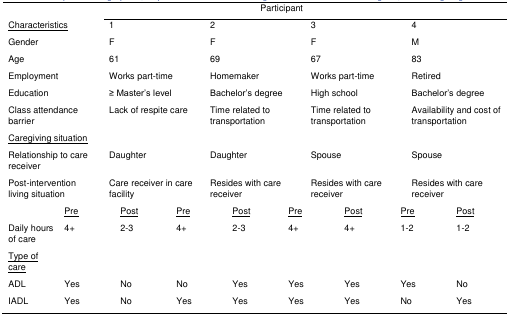
<table><thead><tr><td colspan="2"></td><td colspan="7"><b>Participant</b></td></tr></thead><tbody><tr><td colspan="2"><underline>Characteristics</underline></td><td colspan="2">1</td><td colspan="2">2</td><td>3</td><td colspan="2">4</td></tr><tr><td colspan="2">Gender</td><td colspan="2">F</td><td colspan="2">F</td><td>F</td><td colspan="2">M</td></tr><tr><td colspan="2">Age</td><td colspan="2">61</td><td colspan="2">69</td><td>67</td><td colspan="2">83</td></tr><tr><td colspan="2">Employment</td><td colspan="2">Works part-time</td><td colspan="2">Homemaker</td><td>Works part-time</td><td colspan="2">Retired</td></tr><tr><td colspan="2">Education</td><td colspan="2">≥Master’s level</td><td colspan="2">Bachelor’s degree</td><td>High school</td><td colspan="2">Bachelor’s degree</td></tr><tr><td colspan="2">Class attendance barrier</td><td colspan="2">Lack of respite care</td><td colspan="2">Time related to transportation</td><td>Time related to transportation</td><td colspan="2">Availability and cost of transportation</td></tr><tr><td colspan="2"><underline>Caregiving situation</underline></td><td colspan="2"></td><td colspan="2"></td><td></td><td colspan="2"></td></tr><tr><td colspan="2">Relationship to care receiver</td><td colspan="2">Daughter</td><td colspan="2">Daughter</td><td>Spouse</td><td colspan="2">Spouse</td></tr><tr><td colspan="2">Post-intervention living situation</td><td colspan="2">Care receiver in care facility</td><td colspan="2">Resides with care receiver</td><td>Resides with care receiver</td><td colspan="2">Resides with care receiver</td></tr><tr><td></td><td><underline>Pre</underline></td><td><underline>Post</underline></td><td><underline>Pre</underline></td><td><underline>Post</underline></td><td><underline>Pre</underline></td><td><underline>Post</underline></td><td><underline>Pre</underline></td><td><underline>Post</underline></td></tr><tr><td>Daily hours of care</td><td>4+</td><td>2–3</td><td>4+</td><td>2–3</td><td>4+</td><td>4+</td><td>1–2</td><td>1–2</td></tr><tr><td><underline>Type of care</underline></td><td></td><td></td><td></td><td></td><td></td><td></td><td></td><td></td></tr><tr><td>ADL</td><td>Yes</td><td>No</td><td>No</td><td>Yes</td><td>Yes</td><td>Yes</td><td>Yes</td><td>No</td></tr><tr><td>IADL</td><td>Yes</td><td>No</td><td>Yes</td><td>Yes</td><td>Yes</td><td>Yes</td><td>No</td><td>Yes</td></tr></tbody></table>